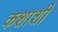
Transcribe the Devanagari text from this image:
कशाशी